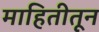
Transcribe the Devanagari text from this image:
माहितीतून